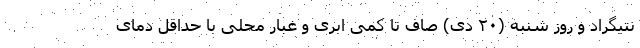
نتیگراد و روز شنبه (۲۰ دی) صاف تا کمی ابری و غبار محلی با حداقل دمای